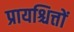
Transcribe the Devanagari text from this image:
प्रायश्चित्तों